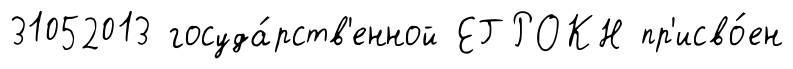
31052013 госуда́рств'енной ЕГРОКН пр'исво́ен